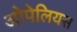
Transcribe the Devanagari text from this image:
ओपेलियस